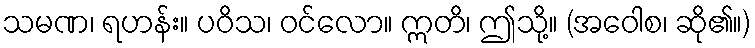
သမဏ၊ ရဟန်း။ ပဝိသ၊ ဝင်လော။ ဣတိ၊ ဤသို့။ (အဝေါစ၊ ဆို၏။)